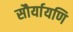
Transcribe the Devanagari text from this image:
सौर्यायणि